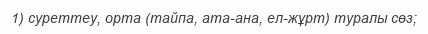
1) суреттеу, орта (тайпа, ата-ана, ел-жұрт) туралы сөз;